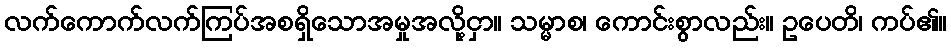
လက်ကောက်လက်ကြပ်အစရှိသောအမှုအလို့ငှာ။ သမ္မာစ၊ ကောင်းစွာလည်း။ ဥပေတိ၊ ကပ်၏။